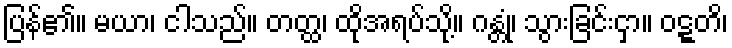
ပြန်၏။ မယာ၊ ငါသည်။ တတ္ထ၊ ထိုအရပ်သို့။ ဂန္တုံ၊ သွားခြင်းငှာ။ ဝဋ္ဋတိ၊